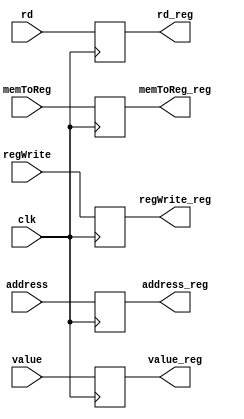
module mem_wb_register (
    input clk,
    input [63:0] address,
    input [63:0] value,
    input [4:0] rd,
    input memToReg,
    input regWrite,

    output reg [63:0] address_reg,
    output reg [63:0] value_reg,
    output reg [4:0] rd_reg,
    output reg memToReg_reg,
    output reg regWrite_reg,
);
    
    always @(posedge clk) begin
        address_reg <= address;
        value_reg <= value;
        rd_reg <= rd;
        memToReg_reg <= memToReg;
        regWrite_reg <= regWrite;
    end
endmodule